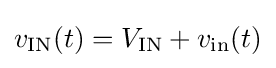
v_{\mathrm {IN} }(t)=V_{\mathrm {IN} }+v_{\mathrm {in} }(t)